Report of an investigation of the epidemic of malarial fever in Assam, or, kala-azar
Disease focus: Malaria
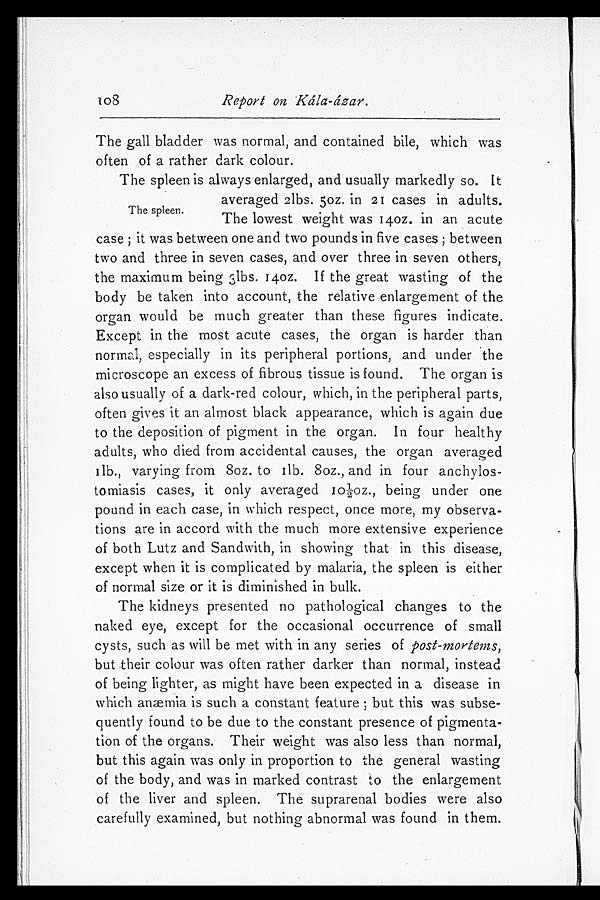
108
Report on Kála-ázar.
The gall bladder was normal, and contained bile, which was
often of a rather dark colour.
The spleen is always enlarged, and usually markedly so. It
averaged 2lbs. 5oz. in 21 cases in adults.
The lowest weight was 14 oz. in an acute
case; it was between one and two pounds in five cases; between
two and three in seven cases, and over three in seven others,
the maximum being 3lbs. 14oz. If the great wasting of the
body be taken into account, the relative enlargement of the
organ would be much greater than these figures indicate.
Except in the most acute cases, the organ is harder than
normal, especially in its peripheral portions, and under the
microscope an excess of fibrous tissue is found. The organ is
also usually of a dark-red colour, which, in the peripheral parts,
often gives it an almost black appearance, which is again due
to the deposition of pigment in the organ. In four healthy
adults, who died from accidental causes, the organ averaged
1lb., varying from 8oz. to 1lb. 8oz., and in four anchylos
- t o m i a s i s c a s e s , i t o n l y a v e r a g e d 1 0 ½ o z . , b e i n g u n d e r o n e
pound in each case, in which respect, once more, my observa
- t i o n s a r e i n a c c o r d w i t h t h e m u c h m o r e e x t e n s i v e e x p e r i e n c e
of both Lutz and Sandwith, in showing that in this disease,
except when it is complicated by malaria, the spleen is either
of normal size or it is diminished in bulk.
The kidneys presented no pathological changes to the
naked eye, except for the occasional occurrence of small
cysts, such as will be met with in any series of post-mortems,
but their colour was often rather darker than normal, instead
of being lighter, as might have been expected in a disease in
which anæmia is such a constant feature; but this was subse
- quently found to be due to the constant presence of pigmenta
- t i o n o f t h e o r g a n s . T h e i r w e i g h t w a s a l s o l e s s t h a n n o r m a l ,
but this again was only in proportion to the general wasting
of the body, and was in marked contrast to the enlargement
of the liver and spleen. The suprarenal bodies were also
carefully examined, but nothing abnormal was found in them.
The spleen.